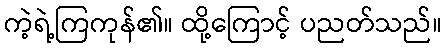
ကဲ့ရဲ့ကြကုန်၏။ ထို့ကြောင့် ပညတ်သည်။